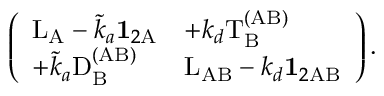
\left( \begin{array} { l l } { \mathrm { L } _ { \mathrm { A } } - \tilde { k } _ { a } \mathbf { 1 } _ { 2 \mathrm A } } & { + k _ { d } \mathrm { T } _ { \mathrm B } ^ { \mathrm { ( A B ) } } } \\ { + \tilde { k } _ { a } \mathrm { D } _ { \mathrm B } ^ { \mathrm { ( A B ) } } } & { \mathrm { L } _ { \mathrm { A B } } - k _ { d } \mathbf { 1 } _ { 2 \mathrm { A B } } } \end{array} \right) .